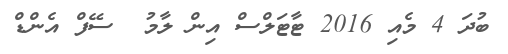
ބުދަ 4 މެއި 2016 ޓާޓަލްސް އިން ލާމު  ސޭފް އެންޑް